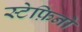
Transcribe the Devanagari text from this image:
स्टेफ़िनो